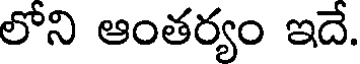
లోని ఆంతర్యం ఇదే.